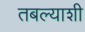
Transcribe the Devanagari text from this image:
तबल्याशी